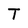
Character: T